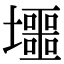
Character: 𡓐